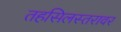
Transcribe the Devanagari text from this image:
तहसिलस्तरावर